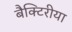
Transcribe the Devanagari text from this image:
बैक्टिरीया